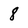
Character: 8